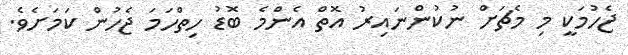
ޖެހުމަކީ މި މެޗަށް ނުކުންނައިރު އޮތް އެންމެ ބޮޑު ހިތްހަމަ ޖެހުން ކަމަށެވެ.